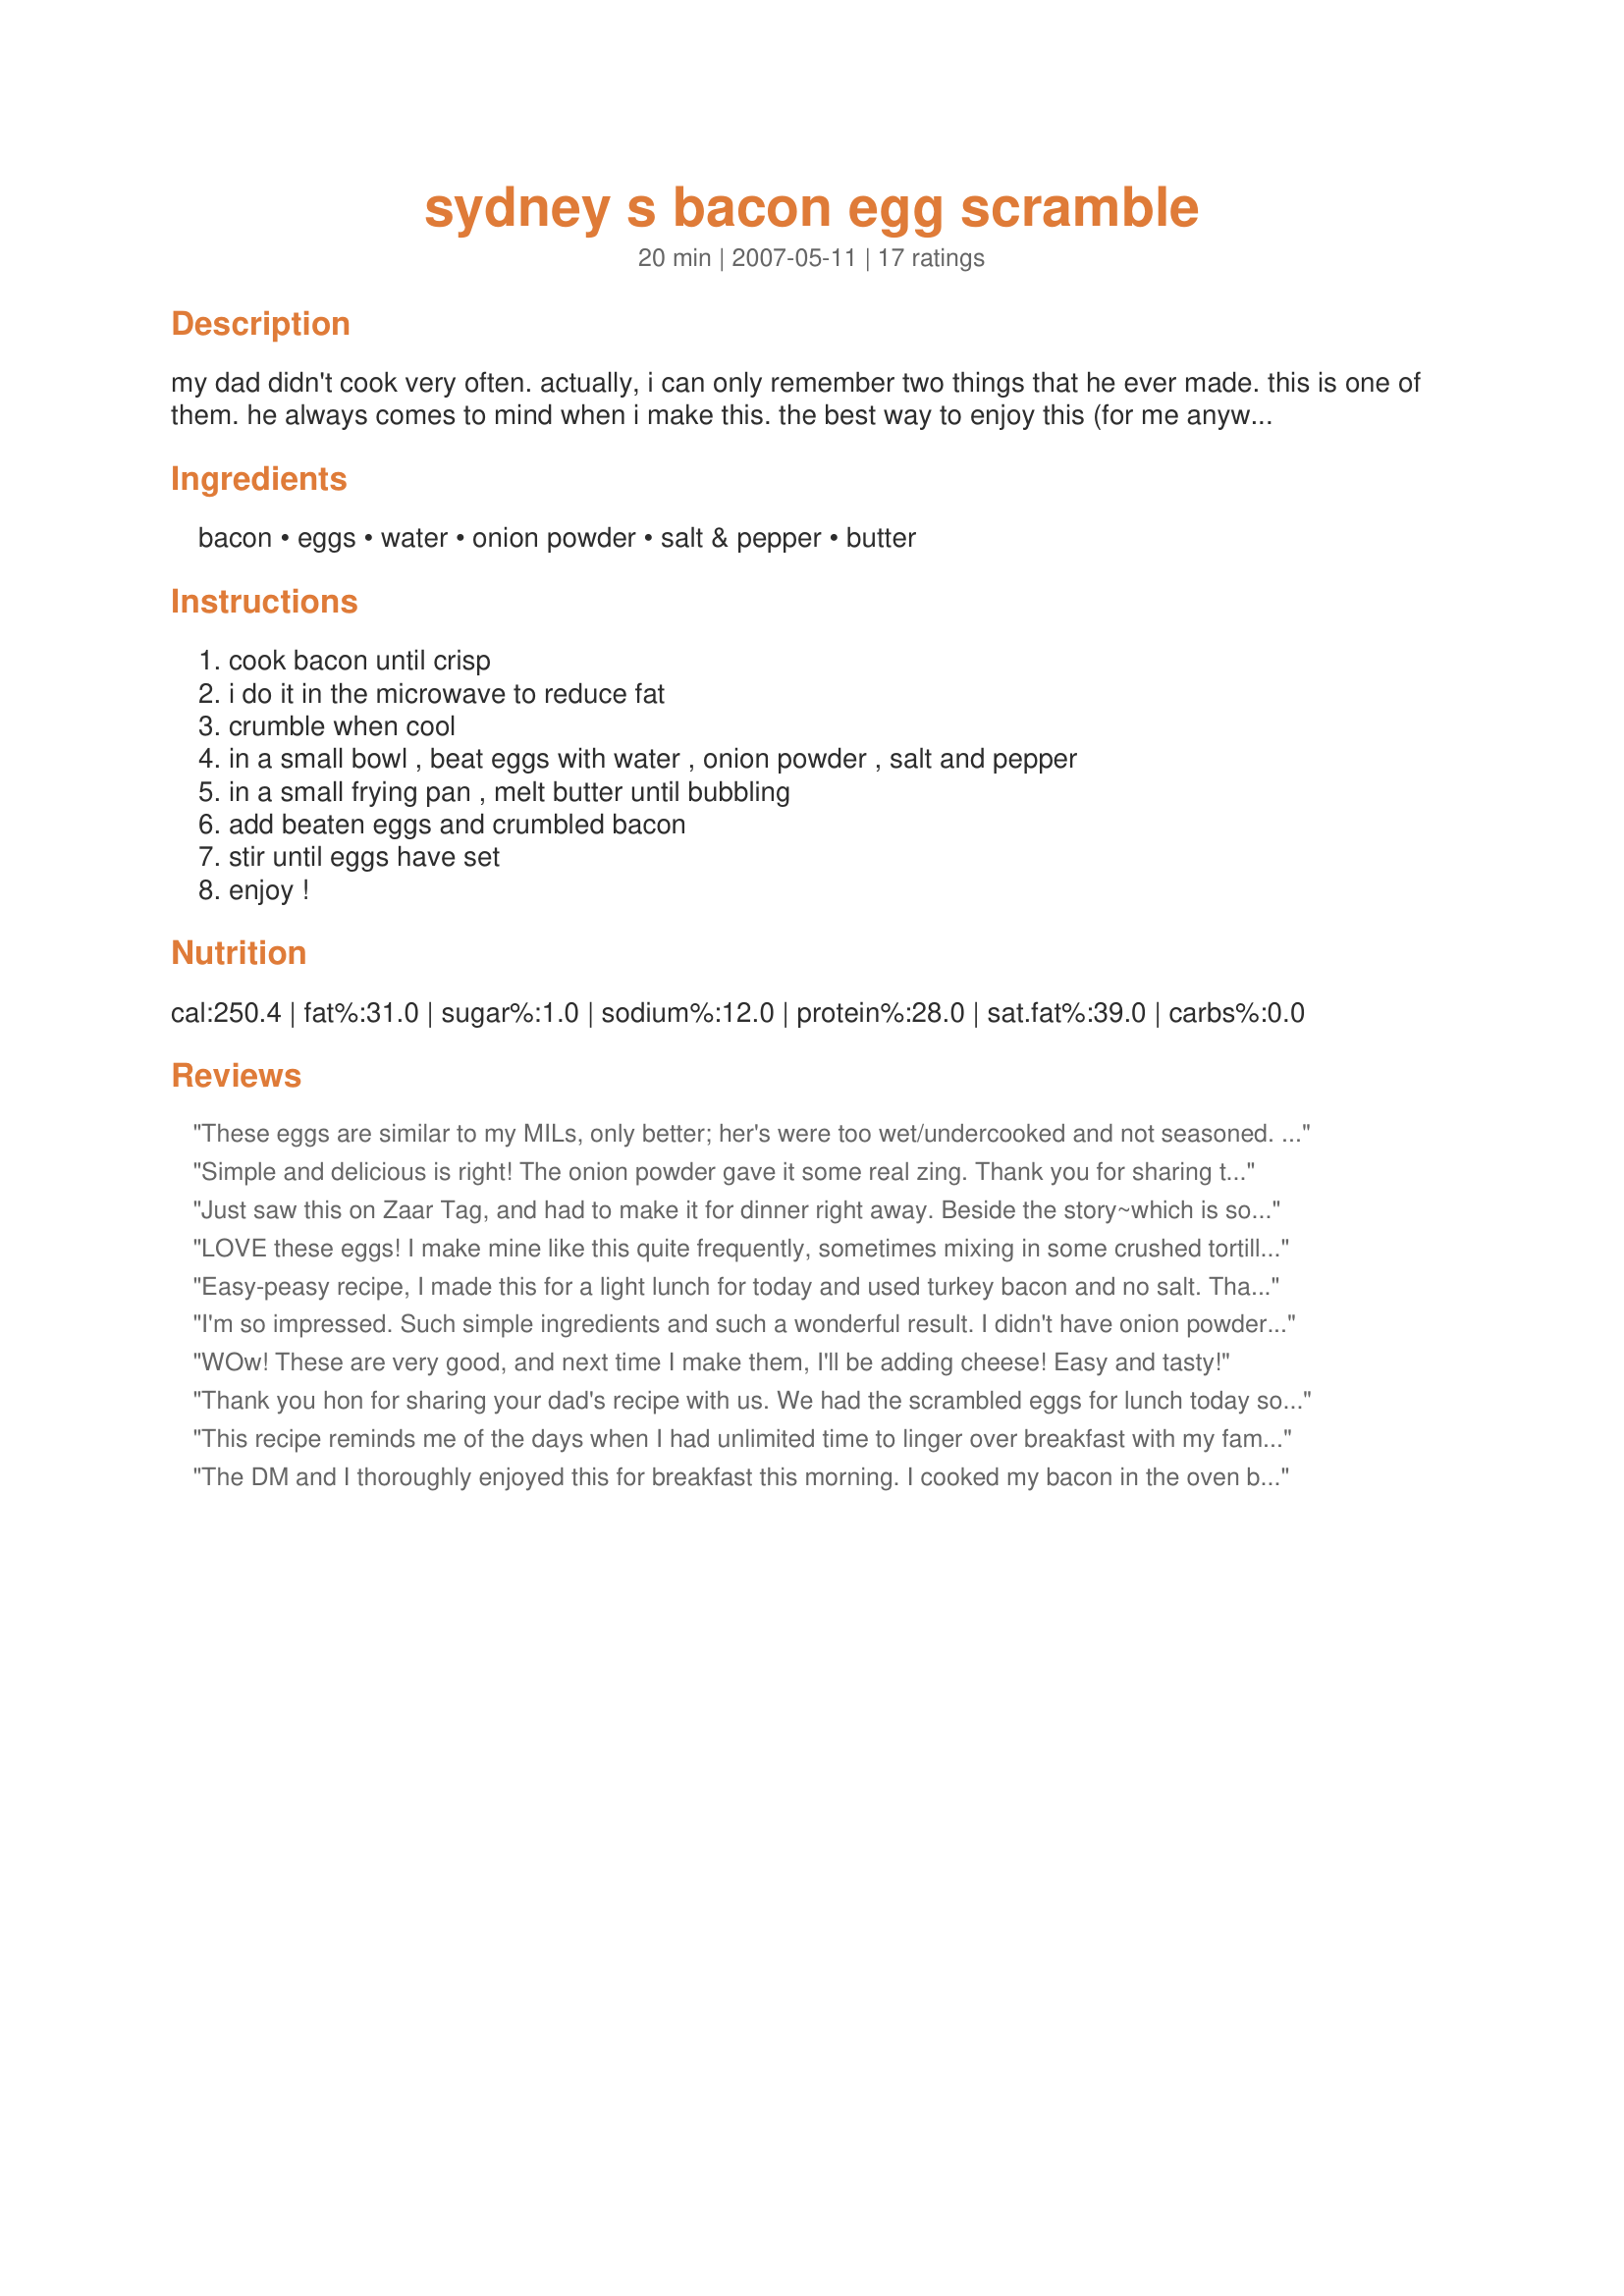
sydney s bacon egg scramble
Preparation time: 20 minutes

my dad didn't cook very often. actually, i can only remember two things that he ever made. this is one of them. he always comes to mind when i make this. the best way to enjoy this (for me anyway) is while curled up in a big comfy chair. no juice, no coffee, no toast. just me and memories of my dad.

Ingredients:
bacon, eggs, water, onion powder, salt & pepper, butter

Steps:
cook bacon until crisp, i do it in the microwave to reduce fat, crumble when cool, in a small bowl , beat eggs with water , onion powder , salt and pepper, in a small frying pan , melt butter until bubbling, add beaten eggs and crumbled bacon, stir until eggs have set, enjoy !

Reviews:
These eggs are similar to my MILs, only better; her's were too wet/undercooked and not seasoned. I like the addition of the onion powder, give the eggs more flavor. Made as written for a tastey, quick breakfast served with toast. Made for I Recommend.
Simple and delicious is right! The onion powder gave it some real zing. Thank you for sharing this special recipe with us. Made for I Recommend Tag Game.
Just saw this on Zaar Tag, and had to make it for dinner right away. Beside the story~which is so wonderfully comforting on it's own, this is just a great, simple, pleasure. Since my own husband is out of town, and the farm is quiet, I made this and the aroma from the bacon, and eggs bubbling from being cooked in butter....just made my soul feel better. Thank you so much for posting this simply~beyond pleasurable true recipe, Diana.
LOVE these eggs! I make mine like this quite frequently, sometimes mixing in some crushed tortilla chips and a dash of green pepper sauce. Your Dad obviously didn't need a large repertoire of recipes when he had this in his arsenal. ;) Here's to your Dad and thank you for sharing!
Easy-peasy recipe, I made this for a light lunch for today and used turkey bacon and no salt. Thanks for sharing your dad's recipe Diana. I know the feeling, my dad's recipe was toast and PB&J (fond memories). Made for Zaar Cookbook Tag.
I'm so impressed. Such simple ingredients and such a wonderful result. I didn't have onion powder, so added a finely chopped scallion. Had the whole recipe made within about 10 minutes. Yummo!
WOw! These are very good, and next time I make them, I'll be adding cheese! Easy and tasty!
Thank you hon for sharing your dad's recipe with us. We had the scrambled eggs for lunch today so I tripled the recipe. I used Egglands Best eggs and they must have been on the small side because there wasnt a large amount of eggs made. DH enjoyed his scrambled eggs this way and I did too. The onion powder adds a nice flavor and a little zing to the eggs. I omitted the salt and used turkey bacon. 
Will be making these eggs again! Made and reviewed for Spring 2009's Pick A Chef.
This recipe reminds me of the days when I had unlimited time to linger over breakfast with my family and enjoy another cup of coffee! Loved it. Today, I had it as I was rushing out the door for work....no more "lingering" over breakfast for me! It was delicious in a rush as well. Thanks for sharing your recipe!
The DM and I thoroughly enjoyed this for breakfast this morning. I cooked my bacon in the oven but not as crisp as I normally would as the DM doesn't like it that way so for ease I cooked it a little less than crisp and I also omitted the onion powder as I am not keen on it, served with a slice of hot buttered toasted wholemeal/wholegrain made for a very satisfying breakfast. Thank you Diane #2 and to AZPARZYCH for the recommendation, made for I Recommend Tag Game.
Simple and fantastic. I had a crumble of bacon in every bite. The onion powder was a new addition to scrambled eggs for me and I enjoyed the hint of flavor very much. I will definitely be putting this into my breakfast recipe lineup. Comfort food in less than 10 minutes. You can't beat that! Thank you for sharing your dad's recipe and memories. :)
I used LightLife "bacon" and All Whites -- and I cooked the eggs in the microwave before I put in the "bacon," because I am an idiot! I crumbled it up and cooked it for a few more seconds. I think I could have added some more spice, even though I definitely put in more than 1/16 teaspoon onion powder, and I halved the recipe. Overall, and interesting and somewhat different recipe. Thanks for posting!
Simple and tasty! It made a delicious breakfast with an English muffin. Loved the story about your Dad. Made for the Aussie/New Zealand 12 Days of Christmas Recipe Swap.
Yum, Yum, Yum. I love my scrambled eggs with bacon and the onion powder gives them a nice punchy flavour. I also added some fresh chives to the mix for a lovely brekky. Thanks for posting!
I have company in town and this was an easy breakfast to fix this morning. The recipe is a great base to start with and add in other ingredients, as you like. I added some diced onion, green bell pepper, tomato and then a little bit of shredded sharp cheddar on top of the cooked eggs. I was bad and cooked the eggs in probably 1/3 to 1/2 of the bacon grease. I easily tripled these eggs. Thanks, Diana for a great start to our day!
This made an excellent Sunday morning late breakfast. I served on toast with a few chives scattered on top. All the family enjoyed this one.
Simple and delicious! I'd never thought about adding onion powder to my eggs, and even though it's not a lot, you can definitely discern that it's there. I really enjoyed these and also the story about memories of your dad. Thanks for sharing. And I love your pic of Libby Lou in her glasses. She is so cute! Made for the I Recommend Tag Game.
